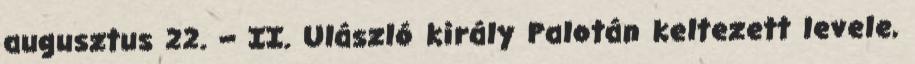
augusztus 22. – II. Ulászló király Palotán keltezett levele,